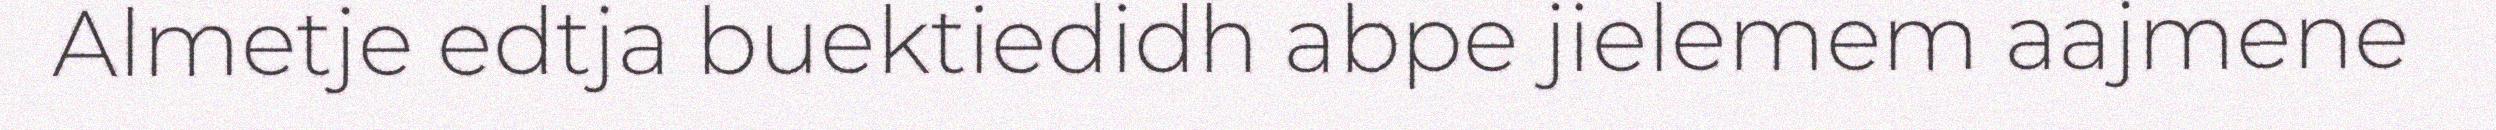
Almetje edtja buektiedidh abpe jielemem aajmene